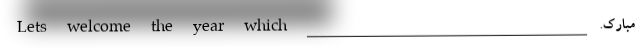
مبارک. ___________________________________ Lets welcome the year which